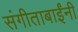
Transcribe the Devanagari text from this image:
संगीताबाईंनी